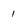
Character: 1